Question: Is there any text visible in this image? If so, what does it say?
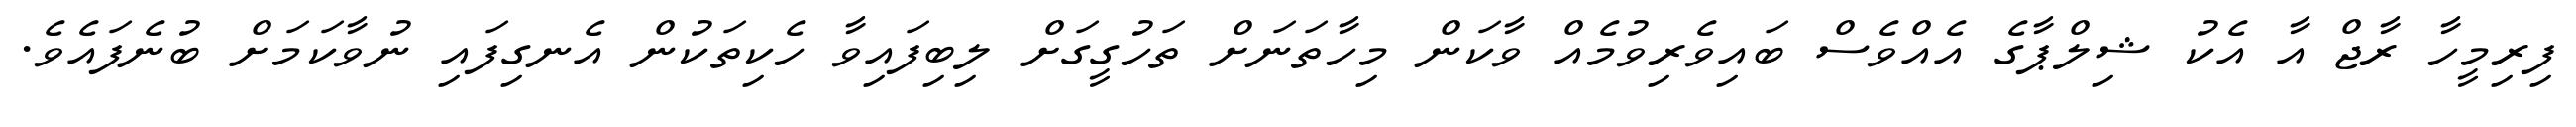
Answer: ފިރިމީހާ ރާޖް އާ އެކު ޝިލްޕާގެ އެއްވެސް ބައިވެރިވުމެއް ވާކަން މިހާތަނަށް ތަހުގީގަށް ލިބިފައިވާ ހެކިތަކުން އެނގިފައި ނުވާކަމަށް ބުނެފައެވެ.